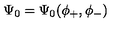
\Psi _ { 0 } = \Psi _ { 0 } ( \phi _ { + } , \phi _ { - } )